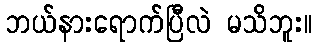
ဘယ်နားရောက်ပြီလဲ မသိဘူး။